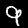
Label: 9